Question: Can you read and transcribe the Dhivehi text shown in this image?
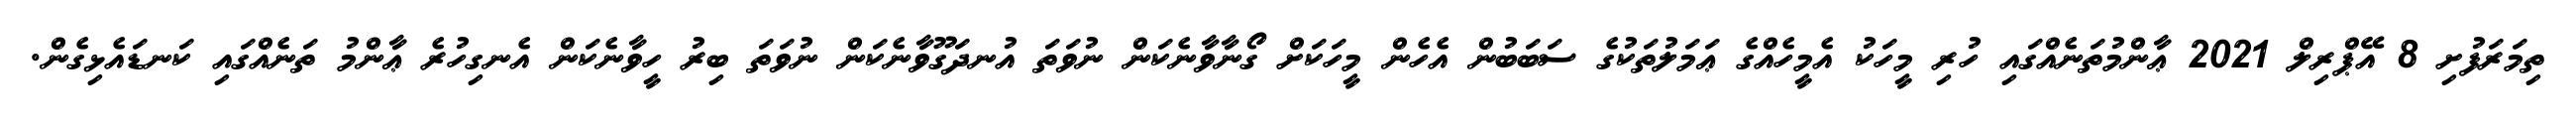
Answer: ތިމަރަފުށި 8 އޭޕްރިލް 2021 ޢާންމުތަނެއްގައި ހުރި މީހަކު އެމީހެއްގެ ޢަމަލުތަކުގެ ސަބަބުން އެހެން މީހަކަށް ގޯނާވާނެކަން ނުވަތަ އުނދަގޫވާނެކަން ނުވަތަ ބިރު ހީވާނެކަން އެނގިހުރެ ޢާންމު ތަނެއްގައި ކަނޑައެޅިގެން.